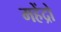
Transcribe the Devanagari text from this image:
महेंद्रो